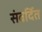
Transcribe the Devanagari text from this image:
संवर्दित